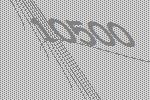
10500